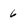
Character: 6